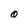
Character: O